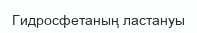
Гидросфетаның ластануы